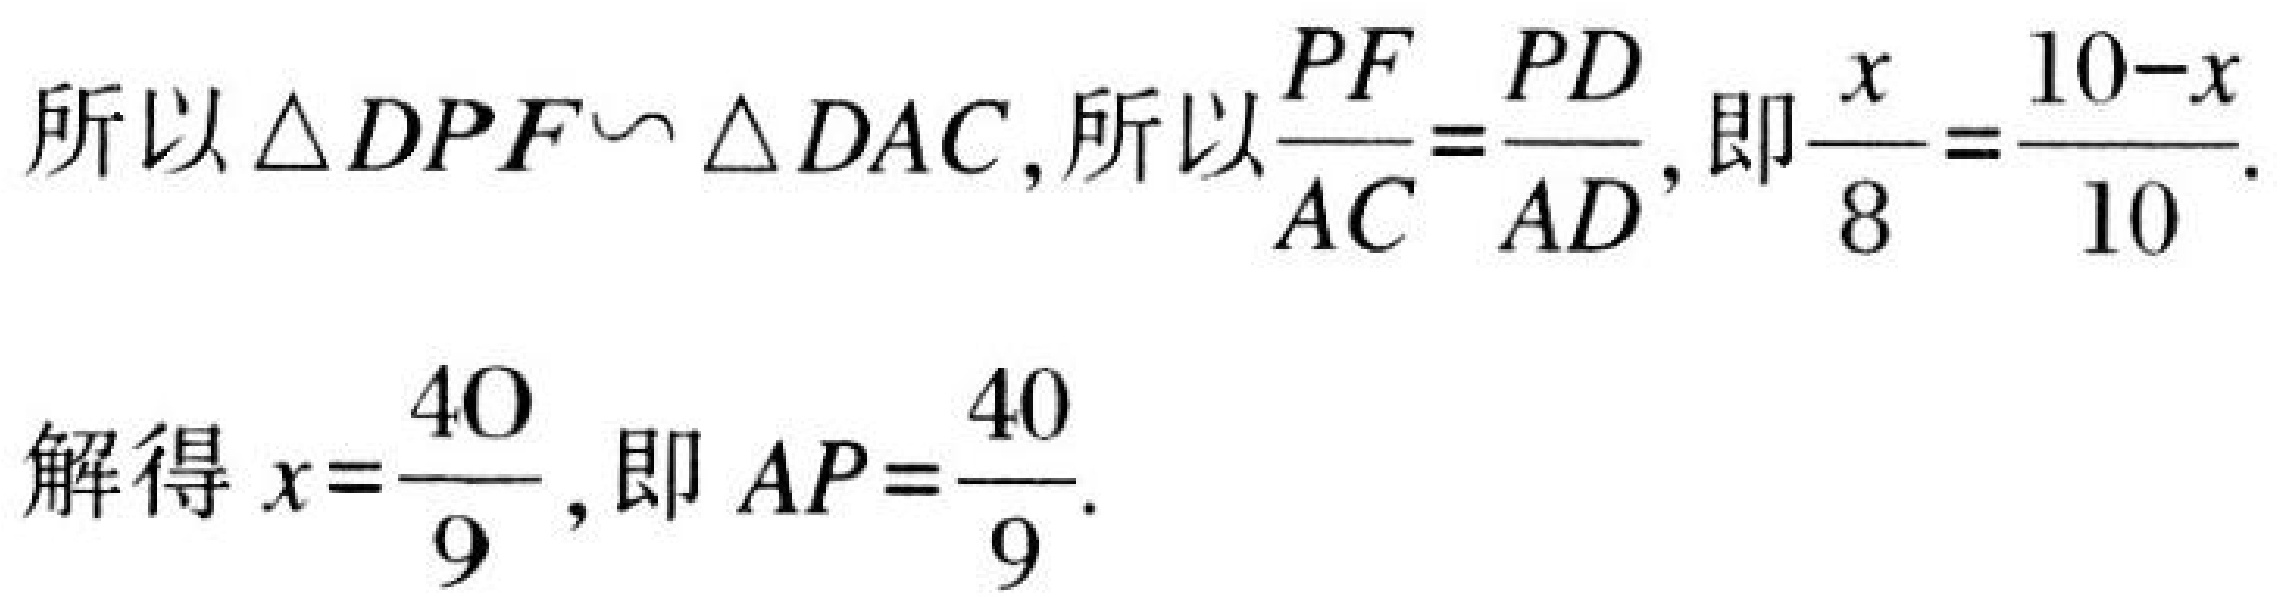
所以\(\triangle DPF\backsim \triangle DAC\)，所以\(\dfrac{PF}{AC}=\dfrac{PD}{AD}\)，即\(\dfrac{x}{8}=\dfrac{10 - x}{10}\).
解得\(x = \dfrac{40}{9}\)，即\(AP=\dfrac{40}{9}\).